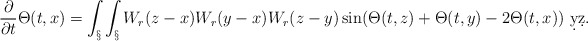
\begin{align*}\frac{\partial}{\partial t} \Theta(t,x) = \int_\S \int_\S W_r(z-x)W_r(y-x)W_r(z-y) \sin(\Theta(t,z)+\Theta(t,y)-2\Theta(t,x))\ \d y \d z.\end{align*}